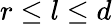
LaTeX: r\leq l\leq d